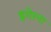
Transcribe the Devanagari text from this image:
इगेरना